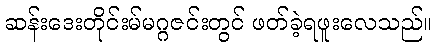
ဆန်းဒေးတိုင်းမ်မဂ္ဂဇင်းတွင် ဖတ်ခဲ့ရဖူးလေသည်။